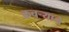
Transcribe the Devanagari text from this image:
कचर्‍याने